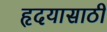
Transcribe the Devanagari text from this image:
हृदयासाठी